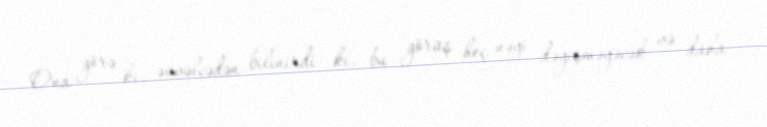
Ona görə ki, əvvəlcədən bilinirdi ki, bu görüş heç nəyi dəyişməyəcək və daha